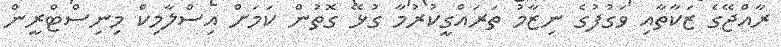
ރާއްޖޭގެ ޒަކާތާއި ވަގުފުގެ ނިޒާމު ތަރައްގީކުރުމާ ގުޅޭ ގޮތުން ކަމަށް އިސްލާމިކް މިނިސްޓްރީން